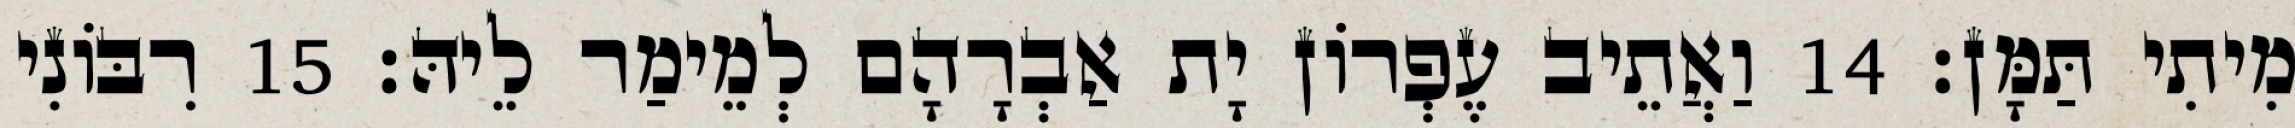
מִיתִי תַּמָּן׃ 14 וַאֲתֵיב עֶפְרוֹן יָת אַבְרָהָם לְמֵימַר לֵיהּ׃ 15 רִבּוֹנִי